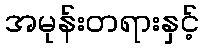
အမုန်းတရားနှင့်